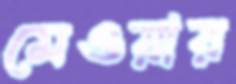
মেওয়ার